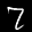
Label: 7